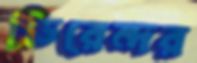
ভিরেন্দর